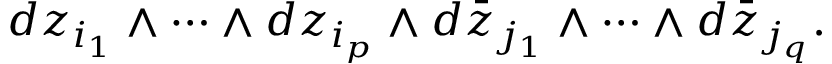
d z _ { i _ { 1 } } \wedge \cdots \wedge d z _ { i _ { p } } \wedge d { \bar { z } } _ { j _ { 1 } } \wedge \cdots \wedge d { \bar { z } } _ { j _ { q } } .